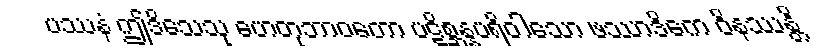
ပဿနံ ဤဒိသေသု ဟေတုဘာဝတော ပဋိစ္ဆန္နပရိဝါသော ဖဿာဒိကေ ဝိနဿန္တိ